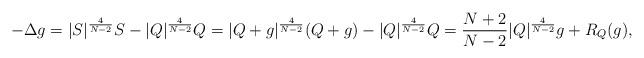
LaTeX: \begin{align*} -\Delta g=|S|^{\frac{4}{N-2}}S-|Q|^{\frac{4}{N-2}}Q=|Q+g|^{\frac{4}{N-2}}(Q+g)-|Q|^{\frac{4}{N-2}}Q=\frac{N+2}{N-2}|Q|^{\frac{4}{N-2}}g+R_{Q}(g), \end{align*}